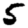
Digit: 5